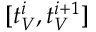
[ t _ { V } ^ { i } , t _ { V } ^ { i + 1 } ]